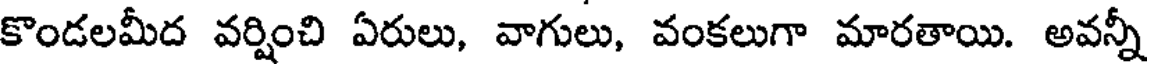
కొండలమీద వర్షించి ఏరులు, వాగులు, వంకలుగా మారతాయి. అవన్నీ